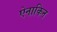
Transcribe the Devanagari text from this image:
ऐनाकिन